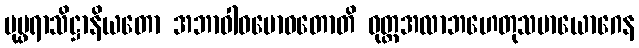
ပုပ္ဖရာသိဋ္ဌာနိယတော အဘာဝါဝဗောဓတောတိ ဝုတ္တအလာဘဟေတုသမာယောဂေန